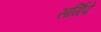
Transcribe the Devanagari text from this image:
सर्गिपे